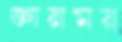
জ্ঞানময়